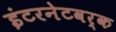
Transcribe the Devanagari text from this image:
इंटरनेटवर्क